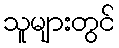
သူများတွင်